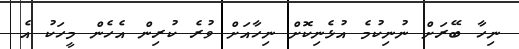
ނިހާ ބޭރަށް ނުނިކުމެ އުޅެނިކޮށް ނިހާއަށް ވުރެ ކުރިން އެހެން މީހަކު އެ